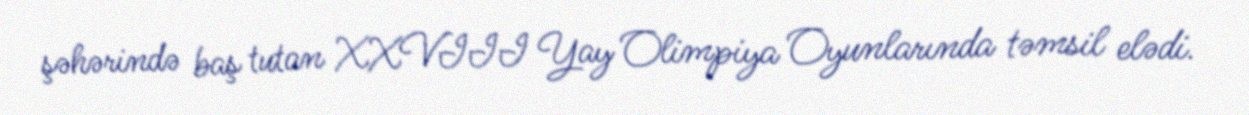
şəhərində baş tutan XXVIII Yay Olimpiya Oyunlarında təmsil elədi.